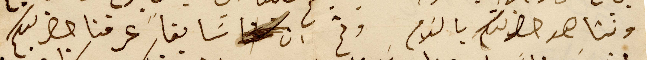
ونشاهد حضرتكم بالسَلام وثم ان سَابقاً عرفنا حضرتكم